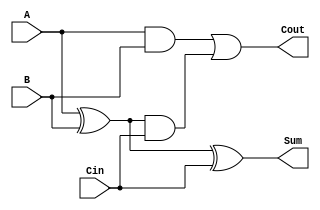
module FullAdder (
    input A, B, Cin,
    output Sum, Cout
);

assign Sum = A ^ B ^ Cin;
assign Cout = (A & B) | ((A ^ B) & Cin);

endmodule